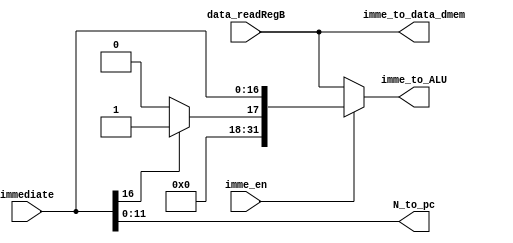
module imme_controller(
     //modified S2->data_readRegB
    input [31:0] data_readRegB,
    input [16:0] immediate,
    input imme_en,

    output [11:0] N_to_pc,
    output [31:0] imme_to_ALU,
    output [31:0] imme_to_data_dmem
);


wire [31:0] sx_out;
assign N_to_pc = immediate[11:0];
assign sx_out [16:0] = immediate [16:0];
assign sx_out [31:17] = (immediate [16]) ? 15'b1 : 15'b0;

assign imme_to_ALU = (~imme_en) ? data_readRegB : sx_out;
assign imme_to_data_dmem = data_readRegB;

endmodule